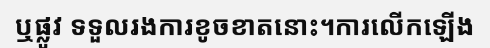
ឬផ្លូវ ទទួលរងការខូចខាតនោះ។ការលើកឡើង